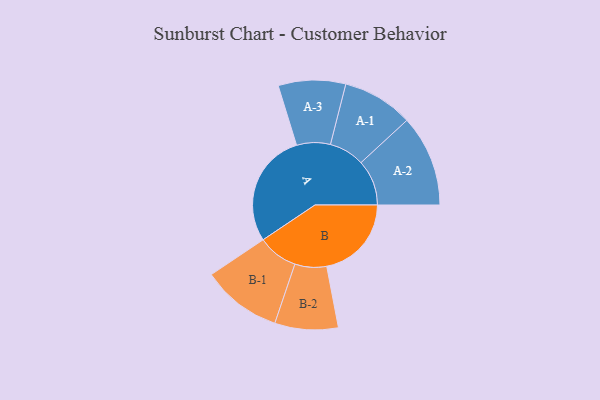
{"axis": {"x": "Segment", "y": "Value"}, "legend": ["", "A", "B"], "data": [{"x": "A", "y": 465, "type": ""}, {"x": "B", "y": 345, "type": ""}, {"x": "A-1", "y": 144, "type": "A"}, {"x": "A-2", "y": 186, "type": "A"}, {"x": "A-3", "y": 137, "type": "A"}, {"x": "B-1", "y": 163, "type": "B"}, {"x": "B-2", "y": 129, "type": "B"}]}